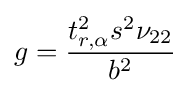
g={\frac {t_{r,\alpha }^{2}s^{2}\nu _{22}}{b^{2}}}